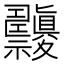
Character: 𥜹